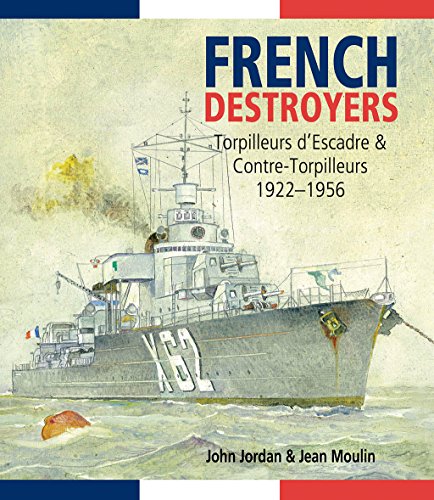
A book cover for French Destroyers: Torpilleurs d'Escadres and Contre-Torpilleurs, 1922-1956; John Jordan; Engineering & Transportation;